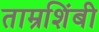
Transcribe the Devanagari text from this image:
ताम्रशिंबी